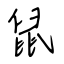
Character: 鼠